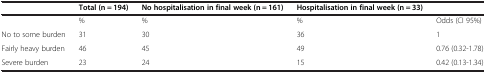
<table><thead><tr><td>[EMPTY_CELL]</td><td><b>Total (n = 194)</b></td><td><b>No hospitalisation in final week (n = 161)</b></td><td><b>Hospitalisation in final week (n = 33)</b></td><td>[EMPTY_CELL]</td></tr></thead><tbody><tr><td>[EMPTY_CELL]</td><td>%</td><td>%</td><td>%</td><td>Odds (CI 95%)</td></tr><tr><td>No to some burden</td><td>31</td><td>30</td><td>36</td><td>1</td></tr><tr><td>Fairly heavy burden</td><td>46</td><td>45</td><td>49</td><td>0.76 (0.32-1.78)</td></tr><tr><td>Severe burden</td><td>23</td><td>24</td><td>15</td><td>0.42 (0.13-1.34)</td></tr></tbody></table>